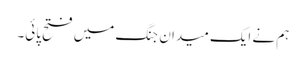
ہم نے ایک میدان جنگ میں فتح پائی۔